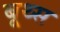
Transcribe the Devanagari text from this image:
बूथ्स